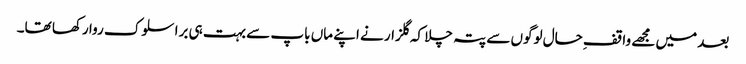
بعد میں مجھے واقفِ حال لوگوں سے پتہ چلا کہ گلزار نے اپنے ماں باپ سے بہت ہی برا سلوک روا رکھا تھا۔